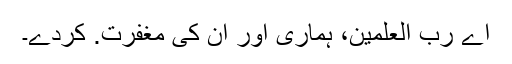
اے رب العٰلمین، ہماری اور ان کی مغفرت. کردے۔